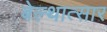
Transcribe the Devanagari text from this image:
बेल्थात्सार